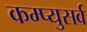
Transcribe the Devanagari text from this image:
कम्प्युसर्व